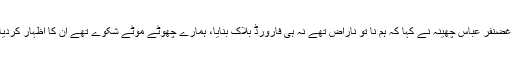
وزیراعظم سے ملاقات اور پارٹی اجلاس کے دوران ناراض رکن اسمبلی غضنفر عباس چھینہ نے کہا کہ ہم نا تو ناراض تھے نہ ہی فارورڈ بلاک بنایا، ہمارے چھوٹے موٹے شکوے تھے ان کا اظہار کردیا، ہم پارٹی کے ساتھ کھڑے ہیں، پارٹی کے اندر گلہ شکوہ تو ہوسکتا ہے۔